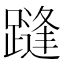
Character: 𲄂